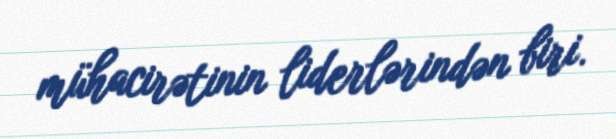
mühacirətinin liderlərindən biri.